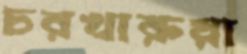
চরখারুয়া